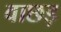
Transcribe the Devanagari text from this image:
वाछड़